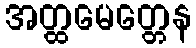
အတ္ထမေတ္တေန